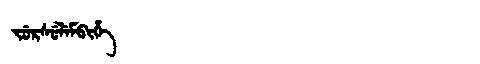
Manchu: ᠵᡠᡵᠰᡠᠯᡝᠮᠪᡳᡥᡝ
Romanization: JURSULEMBIHE